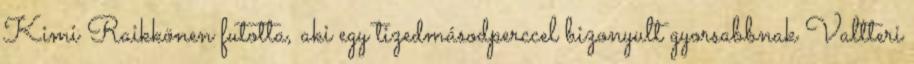
Kimi Raikkönen futotta, aki egy tizedmásodperccel bizonyult gyorsabbnak Valtteri